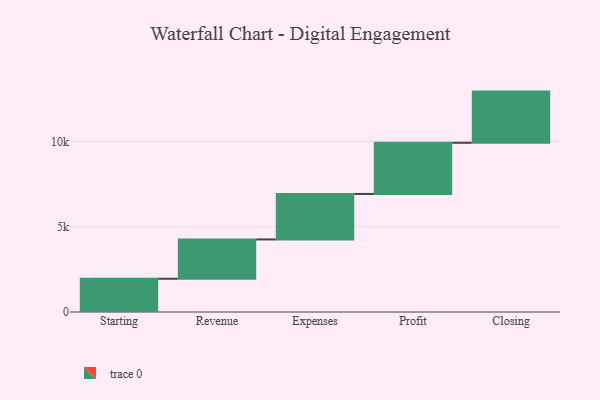
{"axis": {"x": "Step", "y": "Value"}, "legend": [""], "data": [{"x": "Starting", "y": 1950.0, "type": ""}, {"x": "Revenue", "y": 2304.0, "type": ""}, {"x": "Expenses", "y": 2667.0, "type": ""}, {"x": "Profit", "y": 3000, "type": ""}, {"x": "Closing", "y": 3000, "type": ""}]}